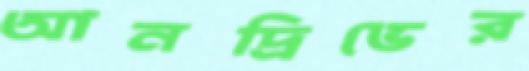
আনদ্রিভের